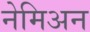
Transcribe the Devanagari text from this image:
नेमिअन